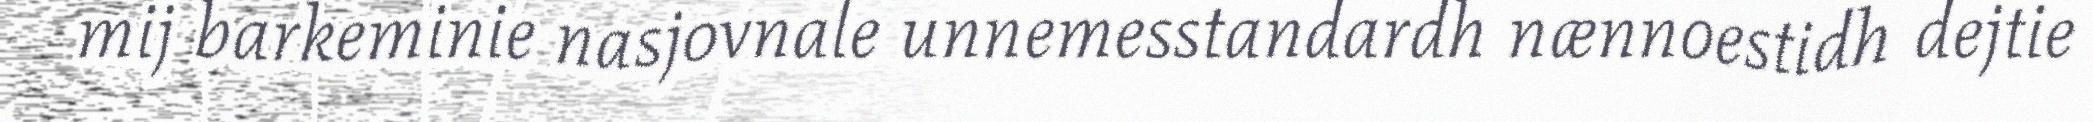
mij barkeminie nasjovnale unnemesstandardh nænnoestidh dejtie